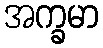
အက္ခမာ